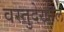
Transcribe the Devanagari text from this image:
वस्तुदेखील